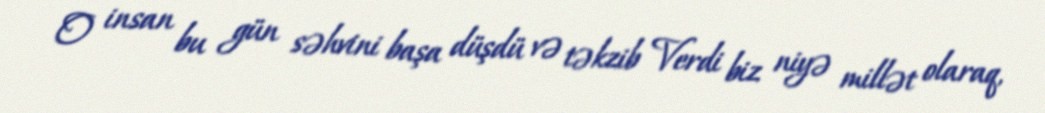
O insan bu gün səhvini başa düşdü və təkzib Verdi biz niyə millət olaraq,